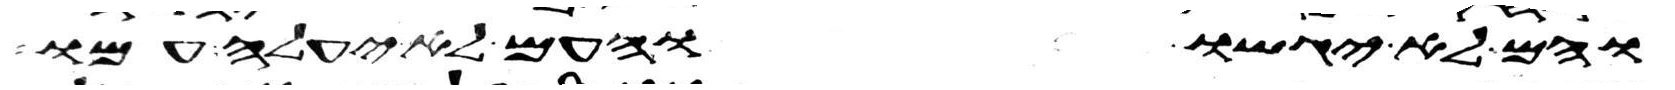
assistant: והם לא יגשו והעם לא יעלה עמו